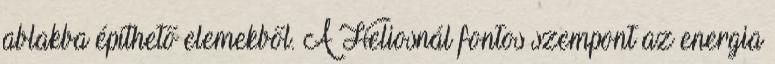
ablakba építhető elemekből. A Heliosnál fontos szempont az energia